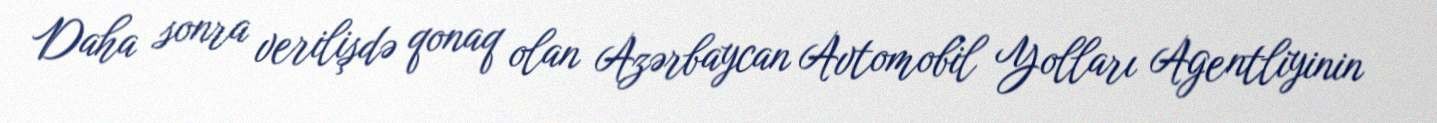
Daha sonra verilişdə qonaq olan Azərbaycan Avtomobil Yolları Agentliyinin